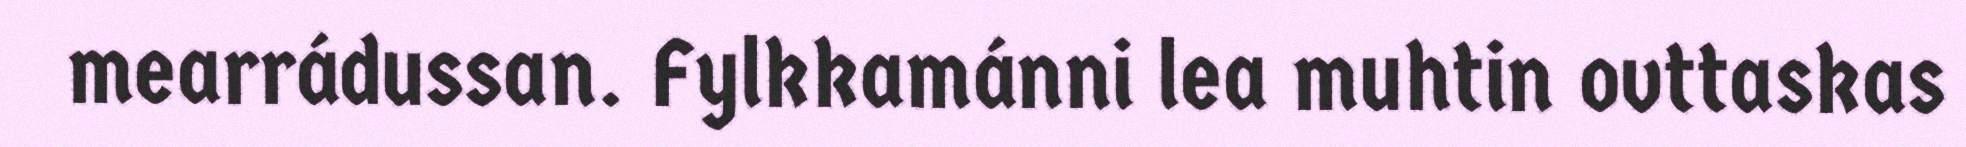
mearrádussan. Fylkkamánni lea muhtin ovttaskas